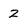
Character: 2